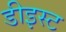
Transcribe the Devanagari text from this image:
डीइस्ट